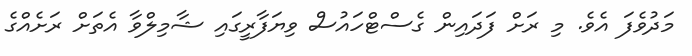
މަދުވެފަ އެވެ. މި ރަށް ފަދައިން ގެސްޓްހައުސް ވިޔަފާރީގައި ޝާމިލްވާ އެތަށް ރަށެއްގެ